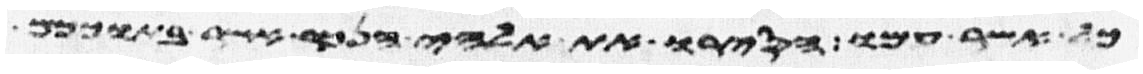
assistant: כל אשר עמו הסירו את אלהי הנכר אשר בתוככם